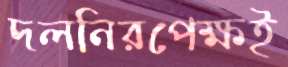
দলনিরপেক্ষই